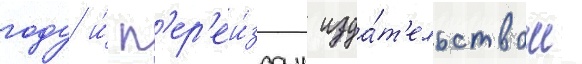
году и́ п'ер'еи́здан изда́т'ельством